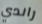
راندي